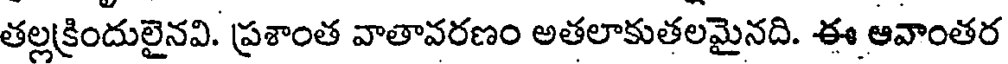
తల్లక్రిందులైనవి. ప్రశాంత వాతావరణం అతలాకుతలమైనది. ఈ ఆవాంతర